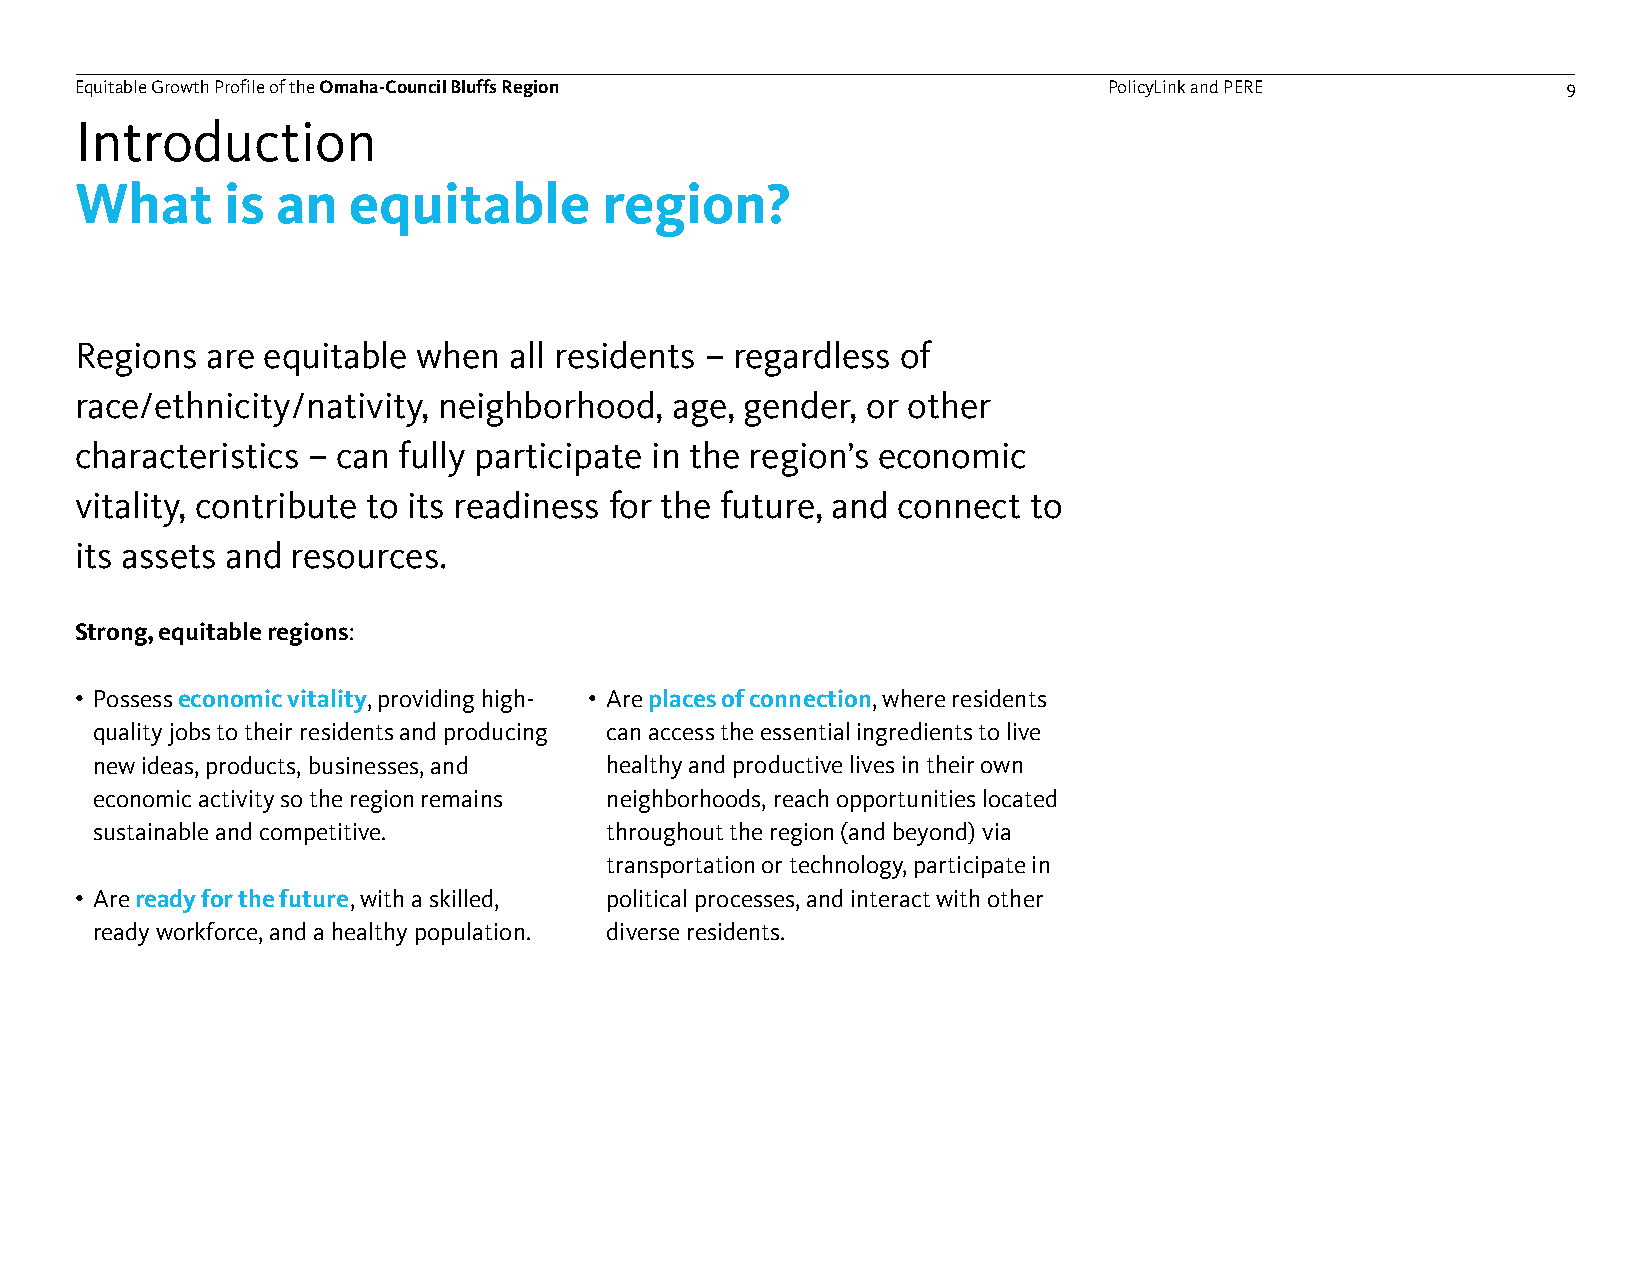
Equitable Growth Profile of theOmaha-Council Bluffs Region          PolicyLink and PERE            9
 Introduction
 What      is an   equitable        region?
 Regions  are equitable when  all residents – regardless of
 race/ethnicity/nativity, neighborhood,  age, gender, or other
 characteristics – can fully participate in the region’s economic
 vitality, contribute to its readiness for the future, and connect to
 its assets and resources.
 Strong, equitable regions:
 • Possess economic vitality, providing high- • Are places of connection, where residents
 quality jobs to their residents and producing can access the essential ingredients to live
 new ideas, products, businesses, and healthy and productive lives in their own
 economic activity so the region remains neighborhoods, reach opportunities located
 sustainable and competitive.      throughout the region (and beyond) via
 transportation or technology, participate in
 • Are ready for the future, with a skilled, political processes, and interact with other
 ready workforce, and a healthy population. diverse residents.